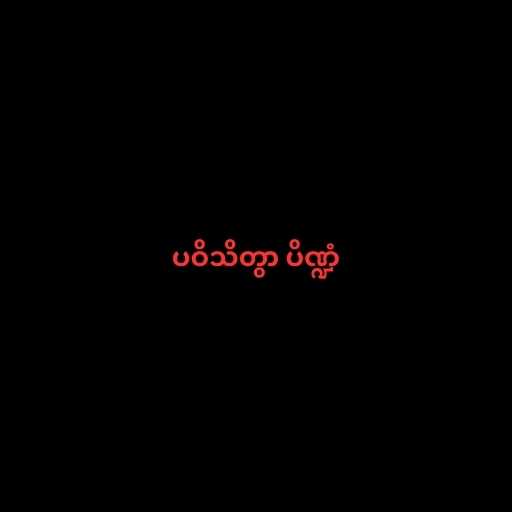
ပဝိသိတွာ ပိဏ္ဍံ